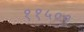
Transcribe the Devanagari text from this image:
११५००